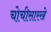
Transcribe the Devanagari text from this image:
चोचीसारखे